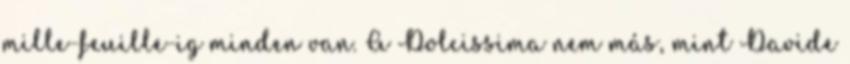
mille-feuille-ig minden van. A Dolcissima nem más, mint Davide